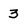
Character: 3